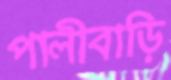
পালীবাড়ি